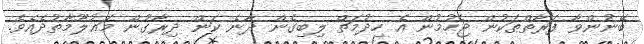
ބޭނުންވާ ފަރާތްތަކުން ޖެހުމުން އެ ހިދުމަތް ލިބިގެން ދާނެ ކަން ދިރާގުން މަޢުލޫމާތުދެއެވެ.